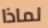
لماذا